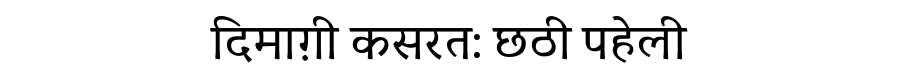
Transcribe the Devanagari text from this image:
दिमाग़ी कसरत: छठी पहेली